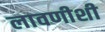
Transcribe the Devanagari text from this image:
लावणीशी